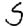
Digit: 5